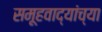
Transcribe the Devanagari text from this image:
समूहवाद्यांच्या